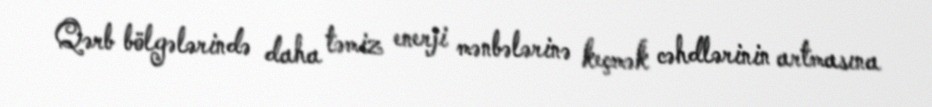
Qərb bölgələrində daha təmiz enerji mənbələrinə keçmək cəhdlərinin artmasına